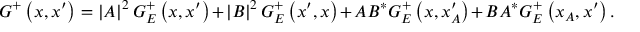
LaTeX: G ^ { + } \left( x , x ^ { \prime } \right) = \left| A \right| ^ { 2 } G _ { E } ^ { + } \left( x , x ^ { \prime } \right) + \left| B \right| ^ { 2 } G _ { E } ^ { + } \left( x ^ { \prime } , x \right) + A B ^ { \ast } G _ { E } ^ { + } \left( x , x _ { A } ^ { \prime } \right) + B A ^ { \ast } G _ { E } ^ { + } \left( x _ { A } , x ^ { \prime } \right) .